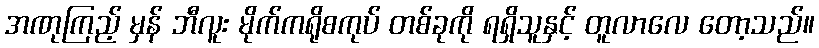
အဏုကြည့် မှန် ဘီလူး မိုက်ကရိုစကုပ် တစ်ခုကို ရရှိသူနှင့် တူလာလေ တော့သည်။